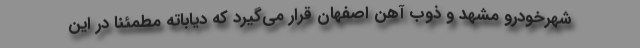
شهرخودرو مشهد و ذوب آهن اصفهان قرار می‌گیرد که دیاباته مطمئنا در این